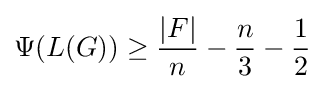
\Psi (L(G))\geq {\frac {|F|}{n}}-{\frac {n}{3}}-{\frac {1}{2}}